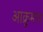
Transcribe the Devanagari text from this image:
आक्रूमण